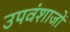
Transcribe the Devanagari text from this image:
उपवंशाजों